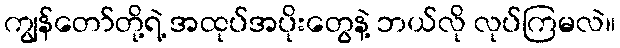
ကျွန်တော်တို့ရဲ့ အထုပ်အပိုးတွေနဲ့ ဘယ်လို လုပ်ကြမလဲ။